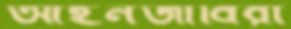
আইনজীবিরা